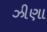
ઝીણા